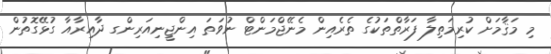
މި މަޤާމަށް ކުރިމަތިލާ ފަރާތްތަކުގެ ތެރެއިން މެނޭޖްމަންޓް ނުވަތަ އިންޖީނިއަރިންގ ދާއިރާއާ ގުޅޭގޮތުން